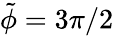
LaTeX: \tilde{\phi}=3\pi/2